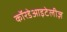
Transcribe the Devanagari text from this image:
कॉरडेआइटेलीज़